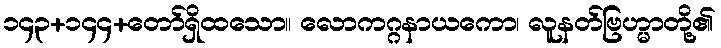
၁၄၃+၁၄၄+တော်ရှိထသော။ လောကဂ္ဂနာယကော၊ လူနတ်ဗြဟ္မာတို့၏